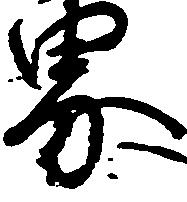
界